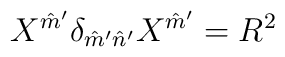
X^{\hat m'} \delta_{\hat m' \hat n'} X^{\hat m'} = R^2